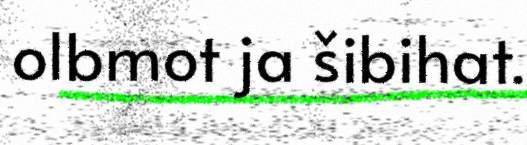
olbmot ja šibihat.